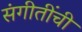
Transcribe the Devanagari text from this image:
संगीतींची